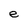
Character: e